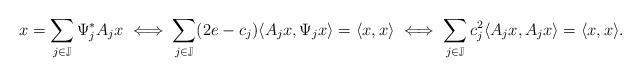
LaTeX: \begin{align*} x= \sum \limits_{j\in \mathbb{J}}\Psi_j^*A_jx \iff \sum\limits_{j\in\mathbb{J}}(2e-c_j)\langle A_jx, \Psi_jx\rangle = \langle x, x\rangle \iff \sum\limits_{j\in\mathbb{J}}c_j^2\langle A_jx, A_jx\rangle = \langle x, x\rangle. \end{align*}